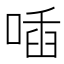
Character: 喢